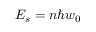
E _ { s } = n \hbar w _ { 0 }